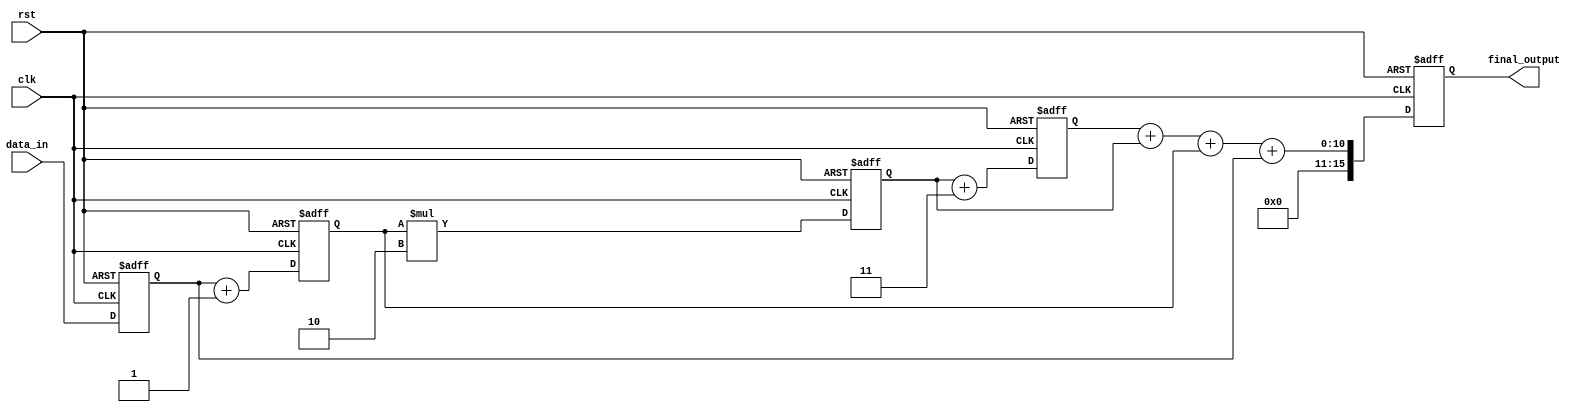
module Pipeline_Accumulator (
    input wire clk,
    input wire rst,
    input wire [7:0] data_in,
    output reg [15:0] final_output
);

reg [7:0] data_pipe [3:0]; // 4 Arithmetic blocks in the pipeline

always @ (posedge clk or posedge rst) begin
    if (rst) begin
        data_pipe[0] <= 8'b0;
        data_pipe[1] <= 8'b0;
        data_pipe[2] <= 8'b0;
        data_pipe[3] <= 8'b0;
        final_output <= 16'b0;
    end else begin
        data_pipe[0] <= data_in;
        data_pipe[1] <= data_pipe[0] + 1; // Example addition operation
        data_pipe[2] <= data_pipe[1] * 2; // Example multiplication operation
        data_pipe[3] <= data_pipe[2] + 3; // Example addition operation
        final_output <= data_pipe[3] + data_pipe[2] + data_pipe[1] + data_pipe[0]; // Accumulate the results
    end
end

endmodule